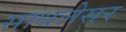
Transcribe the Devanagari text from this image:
साधलेसर